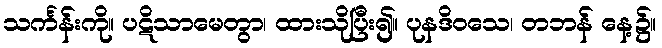
သင်္ကန်းကို။ ပဋိသာမေတွာ၊ ထားသိုပြီး၍။ ပုနဒိဝသေ၊ တဘန် နေ့၌။